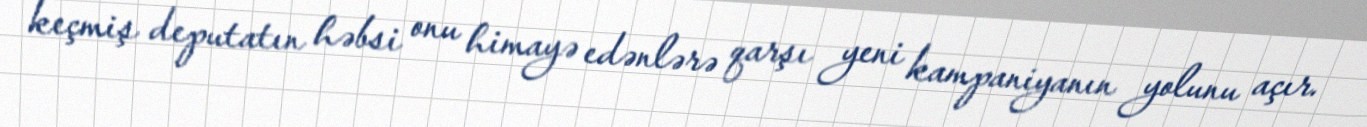
keçmiş deputatın həbsi onu himayə edənlərə qarşı yeni kampaniyanın yolunu açır.